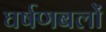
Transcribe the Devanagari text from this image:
घर्षणबलों